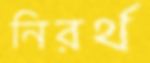
নিরর্থ